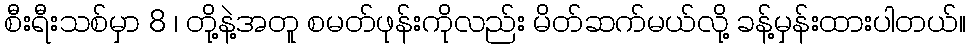
စီးရီးသစ်မှာ 8 ၊ တို့နဲ့အတူ စမတ်ဖုန်းကိုလည်း မိတ်ဆက်မယ်လို့ ခန့်မှန်းထားပါတယ်။